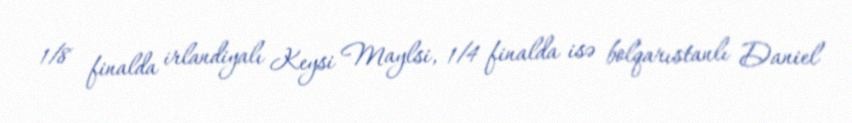
1/8 finalda irlandiyalı Keysi Maylsi, 1/4 finalda isə bolqarıstanlı Daniel